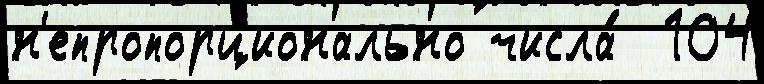
н'епропорционально числа́  104